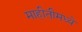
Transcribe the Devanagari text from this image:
माहीतीमध्ये